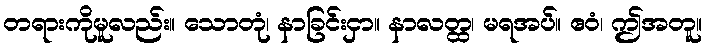
တရားကိုမူလည်း။ သောတုံ၊ နာခြင်းငှာ။ နာလတ္ထ၊ မရအပ်။ ဧဝံ၊ ဤအတူ။